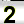
Digit: 2